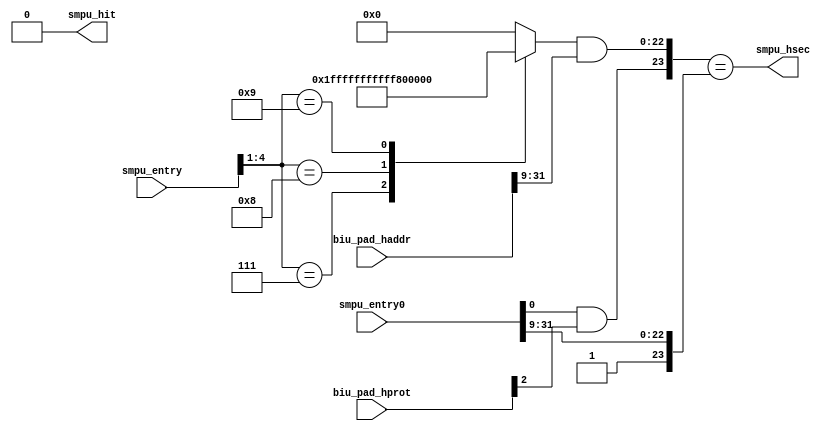
/*Copyright 2020-2021 T-Head Semiconductor Co., Ltd.

Licensed under the Apache License, Version 2.0 (the "License");
you may not use this file except in compliance with the License.
You may obtain a copy of the License at

    http://www.apache.org/licenses/LICENSE-2.0

Unless required by applicable law or agreed to in writing, software
distributed under the License is distributed on an "AS IS" BASIS,
WITHOUT WARRANTIES OR CONDITIONS OF ANY KIND, either express or implied.
See the License for the specific language governing permissions and
limitations under the License.
*/
module smpu_comp_hit(
  biu_pad_haddr,
  biu_pad_hprot,
  smpu_entry,
  smpu_entry0,
  smpu_hit,
  smpu_hsec
);

// &Ports; @20
input   [31:0]  biu_pad_haddr; 
input   [3 :0]  biu_pad_hprot; 
input   [31:0]  smpu_entry;   
input   [31:0]  smpu_entry0;  
output          smpu_hit;     
output          smpu_hsec;    

// &Regs; @21
reg     [22:0]  addr_mask;    

// &Wires; @22
wire            addr_match;   
wire    [31:0]  biu_pad_haddr; 
wire    [3 :0]  biu_pad_hprot; 
wire    [31:0]  smpu_entry;   
wire    [31:0]  smpu_entry0;  
wire            smpu_hit;     
wire            smpu_hsec;    



// &Force("bus", "biu_pad_haddr", 31, 0); @25
// &Force("bus", "biu_pad_hprot", 3, 0); @26

assign smpu_hit =1'b0;
// &Force("nonport", "addr_match"); @32

assign addr_match = {(smpu_entry[0] & !biu_pad_hprot[2]), 
                     (addr_mask[22:0] & biu_pad_haddr[31:9])}
                 ==  { 1'b1, smpu_entry[31:9]};

assign smpu_hsec  = {(smpu_entry0[0] & biu_pad_hprot[2]), 
                     (addr_mask[22:0] & biu_pad_haddr[31:9])}
                 ==  { 1'b1, smpu_entry0[31:9]};

//Generate the address mask for the addr 
// &CombBeg; @44
always @( smpu_entry[4:1])
begin
  case(smpu_entry[4:1])
    4'b0111 : addr_mask[22:0] = 23'h7f_ffff;
    4'b1000 : addr_mask[22:0] = 23'h7f_fffe;
    4'b1001 : addr_mask[22:0] = 23'h7f_fffc;
    default : addr_mask[22:0] = 23'h00_0000;
  endcase
// &CombEnd; @51
end


// &ModuleEnd; @54
endmodule